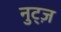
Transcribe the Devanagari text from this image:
नुट्ज़